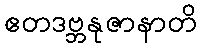
ဧတဒဗ္ဘနုဇာနာတိ